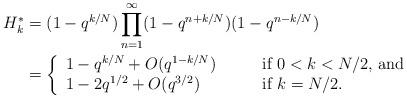
\begin{align*}H_{k}^* &= (1-q^{k/N})\prod_{n=1}^\infty (1-q^{n+k/N})(1-q^{n-k/N})\\&= \left\{ \begin{array}{ll}1 - q^{k/N} + O(q^{1-k/N})&\qquad\mbox{if $0<k<N/2$, and}\\ 1 - 2q^{1/2} + O(q^{3/2})&\qquad\mbox{if $k=N/2$}.\end{array}\right. \end{align*}